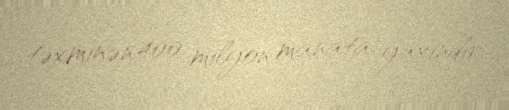
təxminən 400 milyon manata yaxındır.